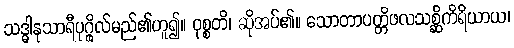
သဒ္ဓါနုသာရီပုဂ္ဂိုလ်မည်၏ဟူ၍။ ဝုစ္စတိ၊ ဆိုအပ်၏။ သောတာပတ္တိဖလသစ္ဆိကိရိယာယ၊